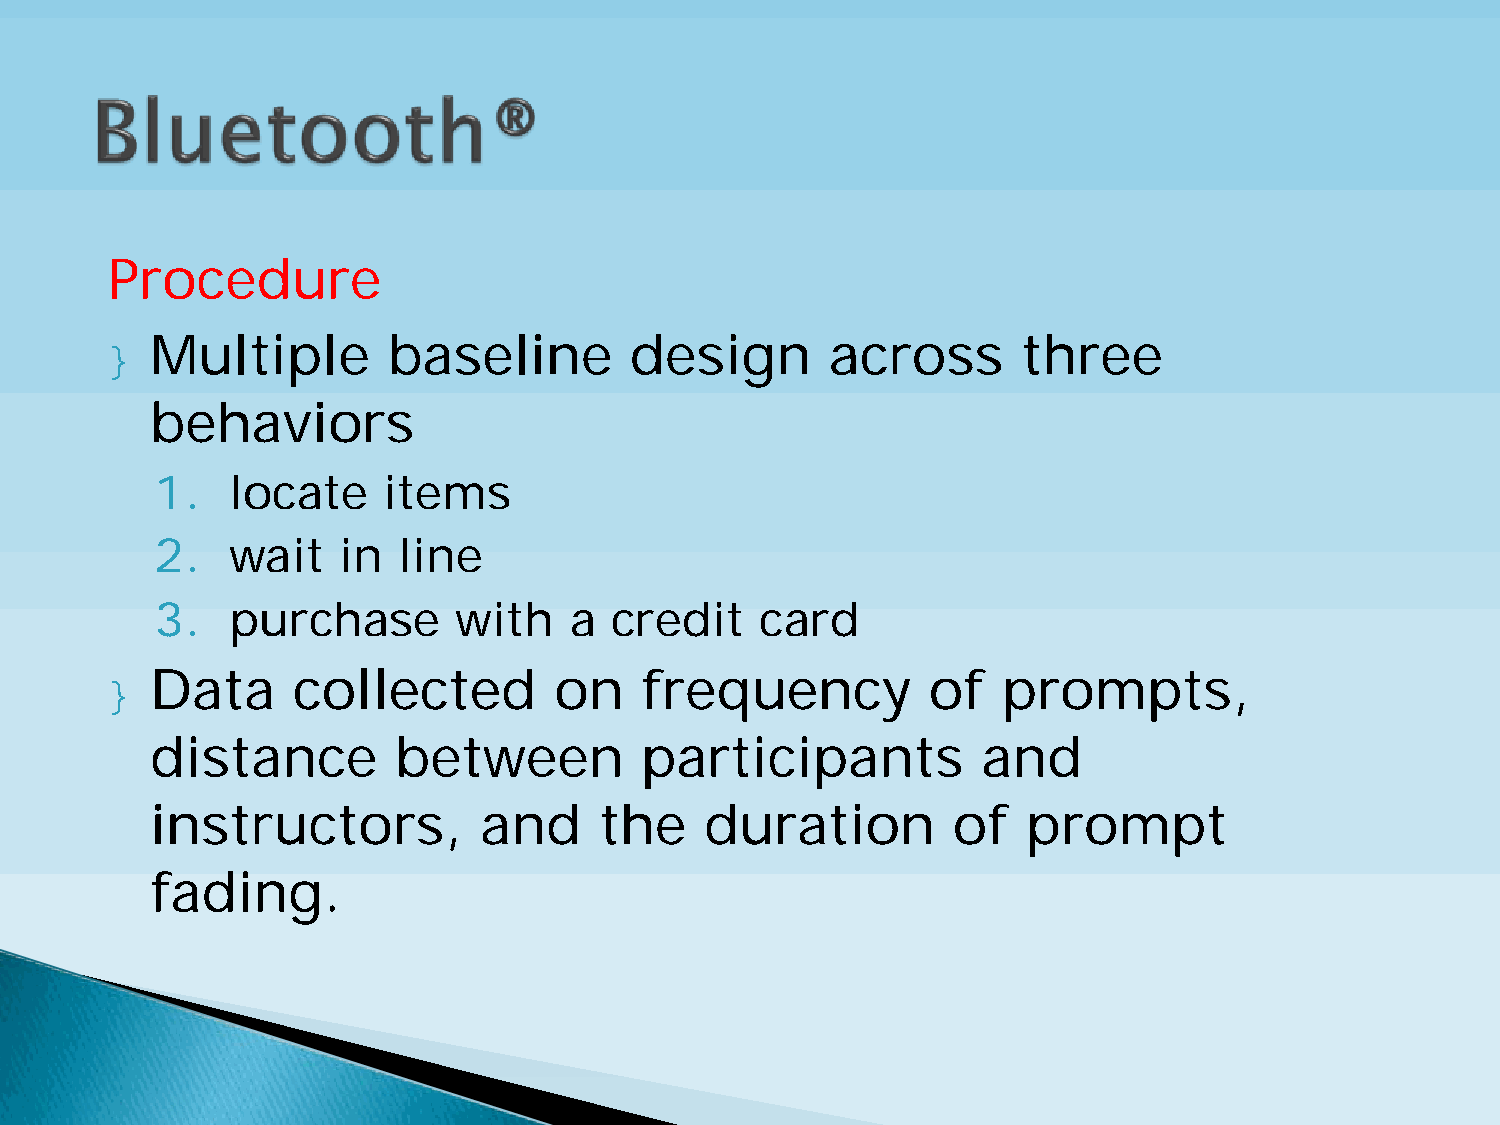
Procedure
 }  Multiple        baseline        design       across       three
 behaviors
 1.   locate    items
 2.   wait    in line
 3.   purchase       with    a credit    card
 }  Data     collected         on   frequency          of   prompts,
 distance        between         participants           and
 instructors,          and     the    duration        of   prompt
 fading.